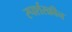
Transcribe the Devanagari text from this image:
स्पर्शस्क्रीन